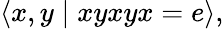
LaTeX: \langle x,y\mid xyxyx=e\rangle,